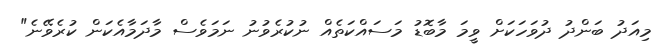
މިއަދު ބަންދު ދުވަހަކަށް ވީމަ މާބޮޑު މަސައްކަތެއް ނުކުރެވުނު ނަމަވެސް މާދަމާއެކަން ކުރެވޭނެ"